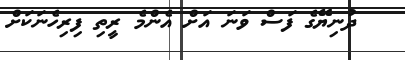
ދުނިޔޭގެ ފަސް ވަނަ އަށް އެންމެ ރީތި ފިރިހެނަކަށް